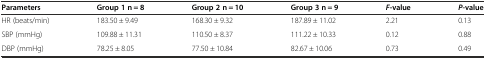
<table><thead><tr><td><b>Parameters</b></td><td><b>Group 1 n = 8</b></td><td><b>Group 2 n = 10</b></td><td><b>Group 3 n = 9</b></td><td><b><i>F</i>-value</b></td><td><b><i>P</i>-value</b></td></tr></thead><tbody><tr><td>HR (beats/min)</td><td>183.50 ± 9.49</td><td>168.30 ± 9.32</td><td>187.89 ± 11.02</td><td>2.21</td><td>0.13</td></tr><tr><td>SBP (mmHg)</td><td>109.88 ± 11.31</td><td>110.50 ± 8.37</td><td>111.22 ± 10.33</td><td>0.12</td><td>0.88</td></tr><tr><td>DBP (mmHg)</td><td>78.25 ± 8.05</td><td>77.50 ± 10.84</td><td>82.67 ± 10.06</td><td>0.73</td><td>0.49</td></tr></tbody></table>